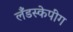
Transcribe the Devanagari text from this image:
लँडस्केपींग